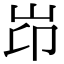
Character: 岇